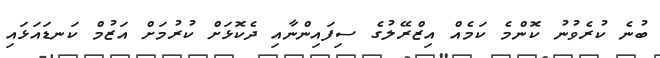
ބުނެ ކުރެވުނު ކޮންމެ ކަމެއް އިޒްރޭލުގެ ސިފައިންނާއި ދެކޮޅަށް ކުރުމަށް އަޒުމް ކަނޑައަޅައި